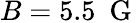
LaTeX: B=5.5~\mathrm{~G~}